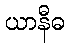
ယာနီဓ